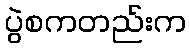
ပွဲစကတည်းက